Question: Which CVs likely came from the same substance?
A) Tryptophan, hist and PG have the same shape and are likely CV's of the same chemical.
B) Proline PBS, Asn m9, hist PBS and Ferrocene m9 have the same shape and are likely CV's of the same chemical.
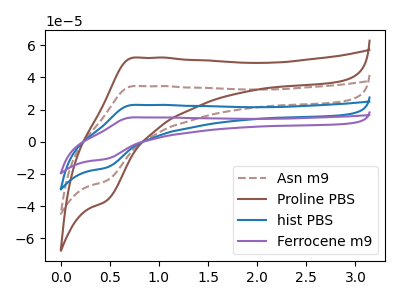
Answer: <think>The brown dashed curve "Asn m9" has an anodic peak at (0.75V, 34.55uA) and a cathodic peak at (0.45V, -24.35uA). The brown curve "Proline PBS" has an anodic peak at (0.75V, 52.20uA) and a cathodic peak at (0.45V, -36.80uA). The blue curve "hist PBS" has an anodic peak at (0.75V, 69.10uA) and a cathodic peak at (0.45V, -48.70uA). The purple curve "Ferrocene m9" has an anodic peak at (0.75V, 103.70uA) and a cathodic peak at (0.45V, -73.05uA).
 All the peaks in "Asn m9" have a peak in "Proline PBS" at the same potential. Every peak in "Asn m9" is lower than every peak in "Proline PBS". All the peaks in "Asn m9" have a peak in "hist PBS" at the same potential. Every peak in "Asn m9" is lower than every peak in "hist PBS". All the peaks in "Asn m9" have a peak in "Ferrocene m9" at the same potential. Every peak in "Asn m9" is lower than every peak in "Ferrocene m9". All the peaks in "Proline PBS" have a peak in "hist PBS" at the same potential. Every peak in "Proline PBS" is lower than every peak in "hist PBS". All the peaks in "Proline PBS" have a peak in "Ferrocene m9" at the same potential. Every peak in "Proline PBS" is lower than every peak in "Ferrocene m9". All the peaks in "hist PBS" have a peak in "Ferrocene m9" at the same potential. Every peak in "hist PBS" is lower than every peak in "Ferrocene m9".</think>
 <answer>B) "Proline PBS", "Asn m9", "hist PBS" and "Ferrocene m9" have the same shape and are likely CV's of the same chemical.</answer>
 <eval>B</eval>